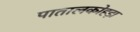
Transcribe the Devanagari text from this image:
पातालकोहड़ा